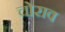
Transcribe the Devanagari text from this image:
चोराव